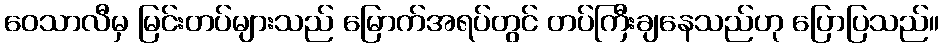
ဝေသာလီမှ မြင်းတပ်များသည် မြောက်အရပ်တွင် တပ်ကြီးချနေသည်ဟု ပြောပြသည်။